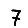
Digit: 7